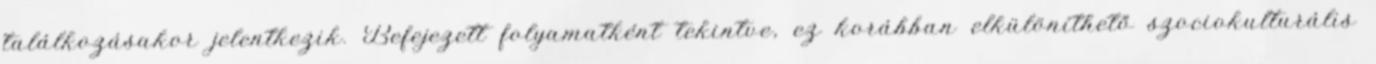
találkozásakor jelentkezik. Befejezett folyamatként tekintve, ez korábban elkülöníthető szociokulturális